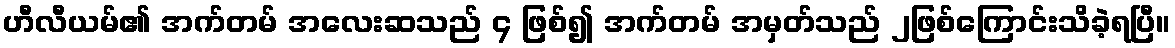
ဟီလီယမ်၏ အက်တမ် အလေးဆသည် ၄ ဖြစ်၍ အက်တမ် အမှတ်သည် ၂ဖြစ်ကြောင်းသိခဲ့ရပြီ။